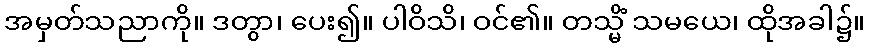
အမှတ်သညာကို။ ဒတွာ၊ ပေး၍။ ပါဝိသိ၊ ဝင်၏။ တသ္မိံ သမယေ၊ ထိုအခါ၌။